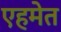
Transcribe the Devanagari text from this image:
एहमेत